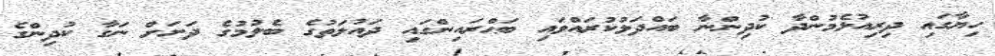
ހިޔާގައި ދިރިއުޅެމުންދާ ކުދިންނާ ބައްދަލުކުރައްވައި ބަޙްރައިންގައި ދައުލަތުގެ ބެލުމުގެ ދަށަށް ނަގާ ކުދިންގެ